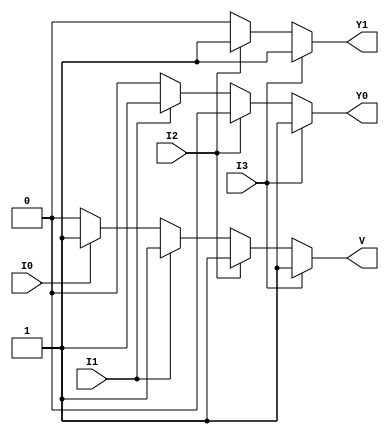
module priority_encoder (
    input wire I3,  // Highest priority input
    input wire I2,  // Second highest priority input
    input wire I1,  // Third highest priority input
    input wire I0,  // Lowest priority input
    output reg Y1,  // Output bit 1
    output reg Y0,  // Output bit 0
    output reg V    // Valid output
);

always @(*) begin
    // Default values
    Y1 = 0;
    Y0 = 0;
    V = 0;

    // Priority encoding logic
    if (I3) begin
        Y1 = 1;
        Y0 = 1;
        V = 1;
    end else if (I2) begin
        Y1 = 1;
        Y0 = 0;
        V = 1;
    end else if (I1) begin
        Y1 = 0;
        Y0 = 1;
        V = 1;
    end else if (I0) begin
        Y1 = 0;
        Y0 = 0;
        V = 1;
    end else begin
        // If all inputs are inactive, Y1, Y0, and V remain at their default values (0)
        // Y1 = 0, Y0 = 0, V = 0
    end
end

endmodule